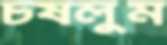
চষলুম